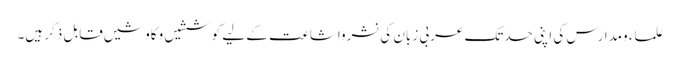
علماء ومدارس کی اپنی حدتک عربی زبان کی نشرواشاعت کے لیے کوششیں وکاوشیں قابل ذکر ہیں۔